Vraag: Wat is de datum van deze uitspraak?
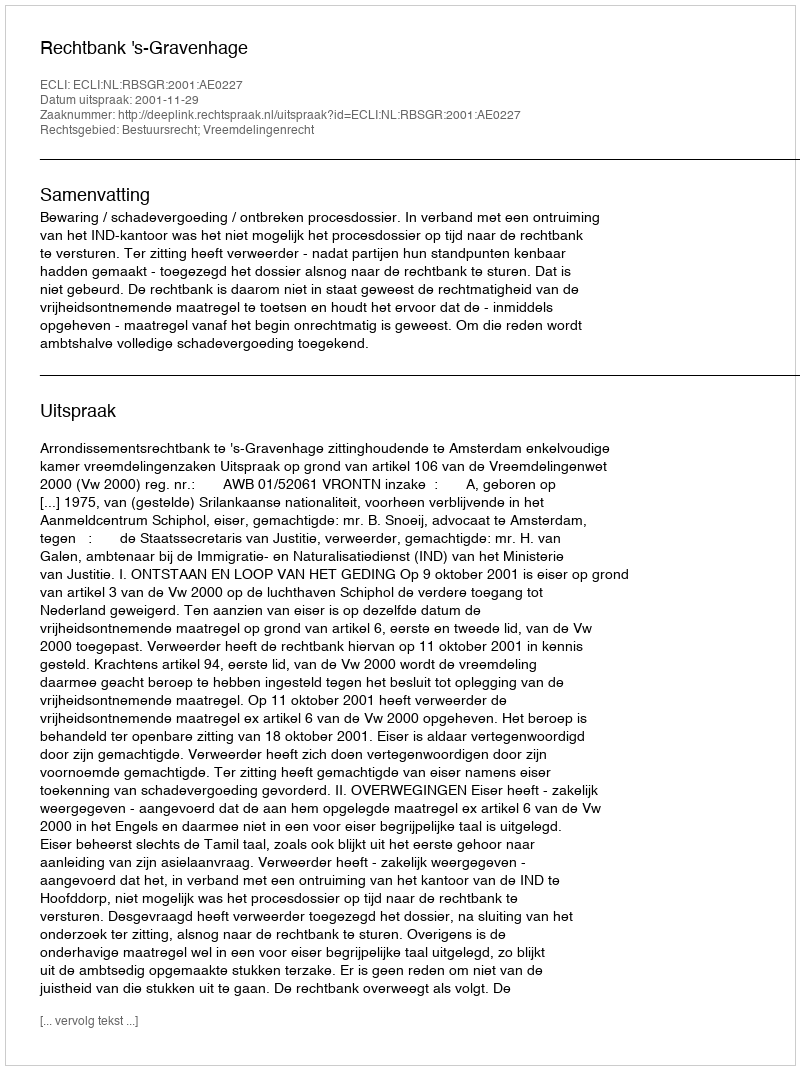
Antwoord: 2001-11-29